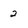
Character: 2